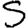
Digit: 5